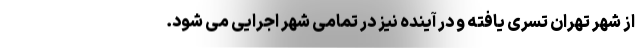
از شهر تهران تسری یافته و در آینده نیز در تمامی شهر اجرایی می شود.